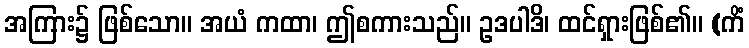
အကြား၌ ဖြစ်သော။ အယံ ကထာ၊ ဤစကားသည်။ ဥဒပါဒိ၊ ထင်ရှားဖြစ်၏။ (ကိံ